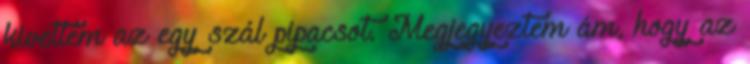
kivettem az egy szál pipacsot. Megjegyeztem ám, hogy az